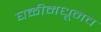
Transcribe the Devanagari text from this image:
घळीमधूनच